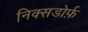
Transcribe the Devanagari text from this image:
निक्सडोर्फ़